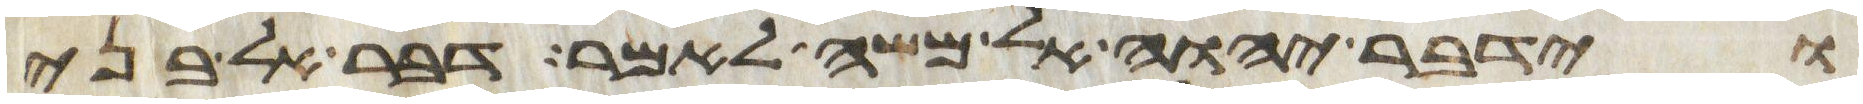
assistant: וידבר יהוה אל משה לאמר דבר אל בני